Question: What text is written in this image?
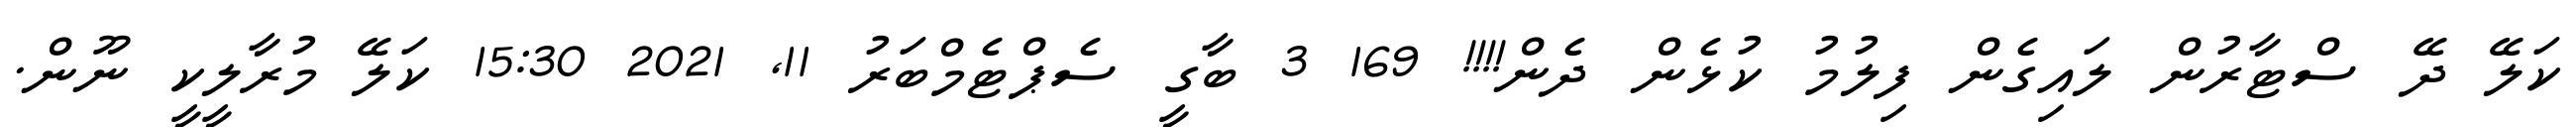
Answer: ކަލޭ ދޭ ސްޓާރުން ލައިގެން ފިލުމު ކުޅެން ދެން!!!! 169 3 ބާގީ ސެޕްޓެމްބަރު 11, 2021 15:30 ކަލޭ މުރާލީކީ ނޫން.